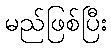
မည်ဖြစ်ပြီး